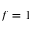
f = 1